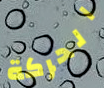
الحركة